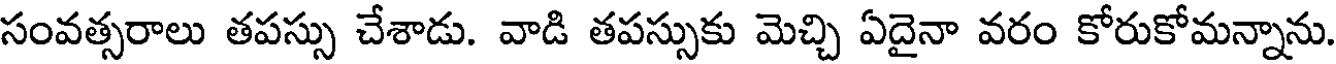
సంవత్సరాలు తపస్సు చేశాడు. వాడి తపస్సుకు మెచ్చి ఏదైనా వరం కోరుకోమన్నాను.